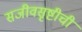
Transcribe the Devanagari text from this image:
सजीवसृष्टीची